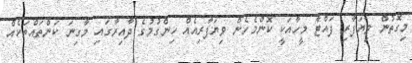
މިގޮތުން ވިޔަފާރި ފައްޓާ މީހާއަކީ ކޮންމެހެން ވިޔަފާރިއެއް ހިންގުމުގެ ދާއިރާގައި މާގިނަ ކަންތައްތަކެއް